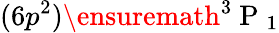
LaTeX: (6p^{2})\ensuremath{{^3\mathrm{~P~}_{1}}}